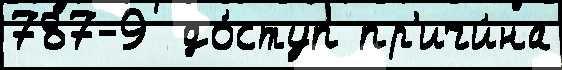
787-9  до́ступ пр'ичи́на